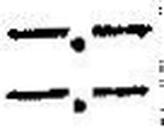
—.—